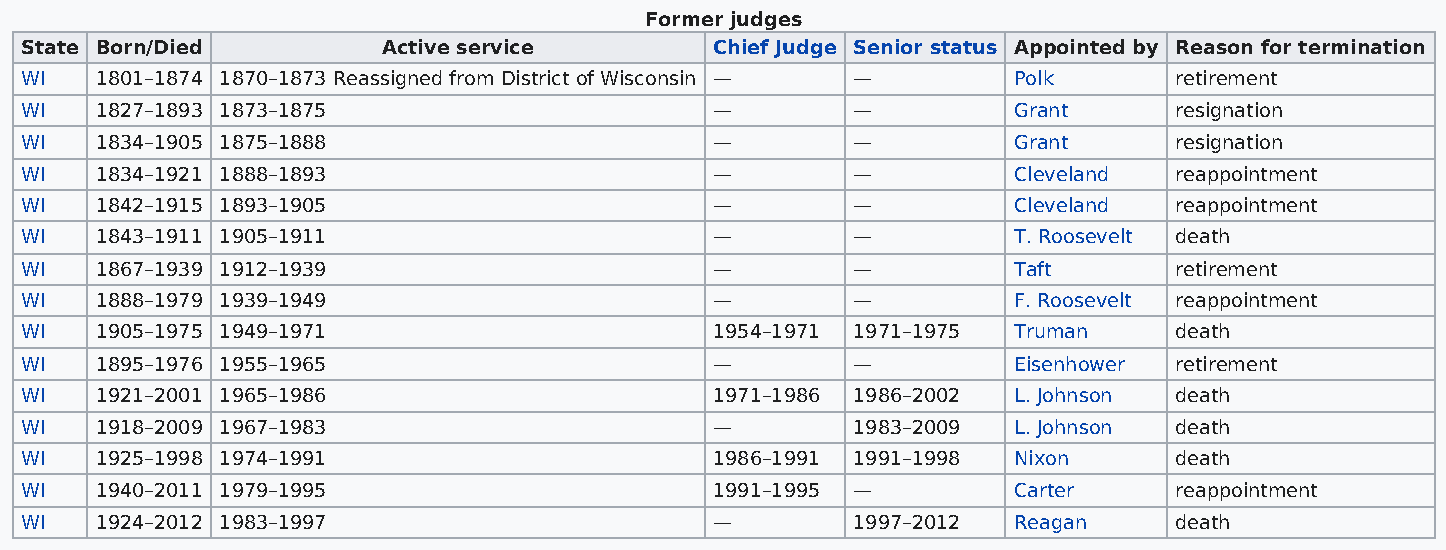
Former judges
 State Born/Died         Active service        Chief Judge Senior status Appointed by Reason for termination
 WI   1801–1874 1870–1873 Reassigned from District of Wisconsin — — Polk      retirement
 WI   1827–1893 1873–1875                      —        —          Grant      resignation
 WI   1834–1905 1875–1888                      —        —          Grant      resignation
 WI   1834–1921 1888–1893                      —        —          Cleveland  reappointment
 WI   1842–1915 1893–1905                      —        —          Cleveland  reappointment
 WI   1843–1911 1905–1911                      —        —          T. Roosevelt death
 WI   1867–1939 1912–1939                      —        —          Taft       retirement
 WI   1888–1979 1939–1949                      —        —          F. Roosevelt reappointment
 WI   1905–1975 1949–1971                      1954–1971 1971–1975 Truman     death
 WI   1895–1976 1955–1965                      —        —          Eisenhower retirement
 WI   1921–2001 1965–1986                      1971–1986 1986–2002 L. Johnson death
 WI   1918–2009 1967–1983                      —        1983–2009  L. Johnson death
 WI   1925–1998 1974–1991                      1986–1991 1991–1998 Nixon      death
 WI   1940–2011 1979–1995                      1991–1995 —         Carter     reappointment
 WI   1924–2012 1983–1997                      —        1997–2012  Reagan     death